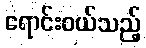
ရောင်းဝယ်သည့်